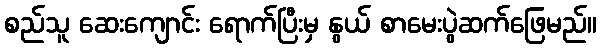
စည်သူ ဆေးကျောင်း ရောက်ပြီးမှ နွယ် စာမေးပွဲဆက်ဖြေမည်။